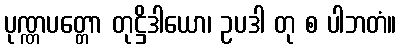
ပုဏ္ဏပတ္တော တုဋ္ဌိဒါယော၊ ဥပဒါ တု စ ပါဘတံ။